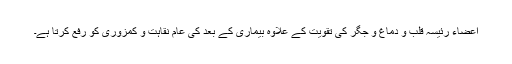
اعضاء رئیسہ قلب و دماغ و جگر کی تقویت کے علاوہ بیماری کے بعد کی عام نقاہت و کمزوری کو رفع کرتا ہے۔